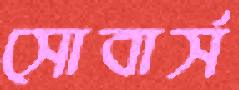
সোবার্স